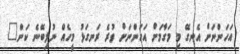
އަހަންނަށް އެނގޭ މި މަގާމަށް އަހަންނަށް ވުރެ ރަނގަޅު މީހެއް ނުލިބޭނެ ކަން"